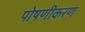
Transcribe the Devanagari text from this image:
पोषणीकरण